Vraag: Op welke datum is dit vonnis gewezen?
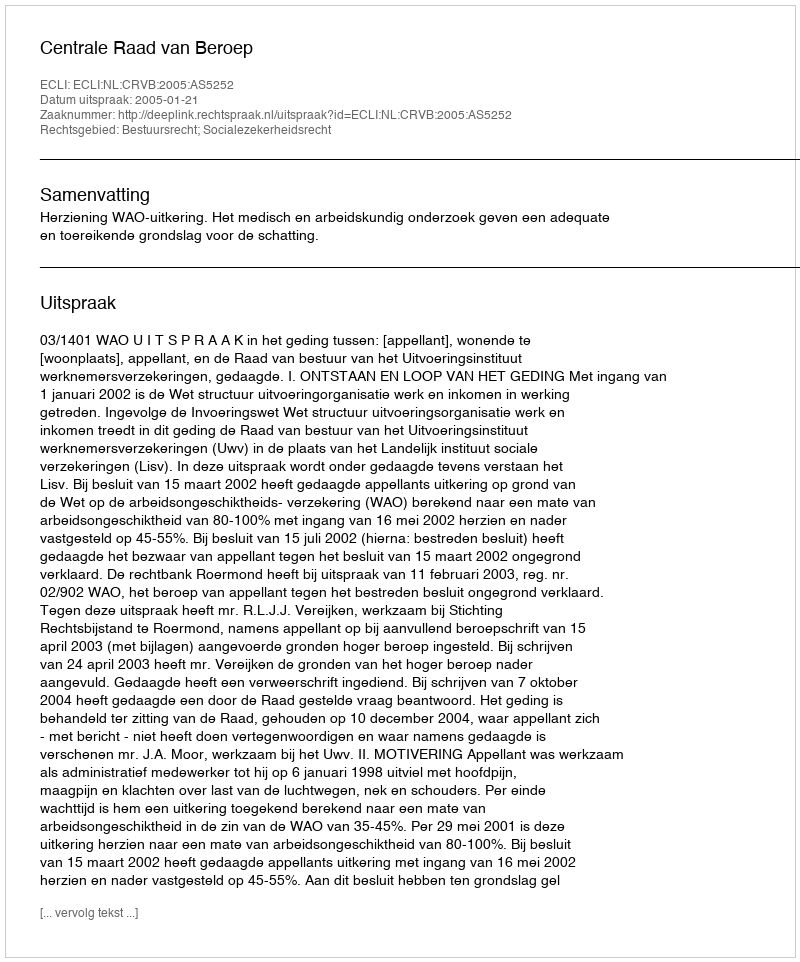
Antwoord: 2005-01-21